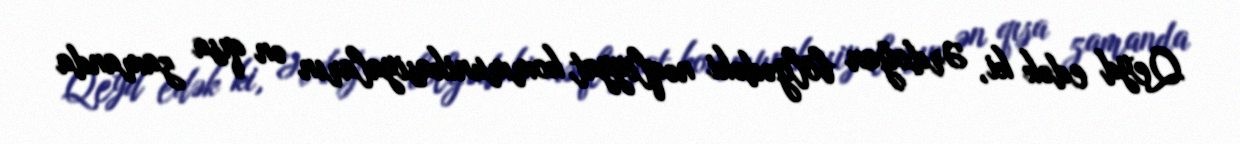
Qeyd edək ki, Ərdoğan bölgədəki nəqliyyat kommunikasiyaların ən qısa zamanda